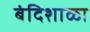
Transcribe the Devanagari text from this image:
बंदिशाळा